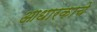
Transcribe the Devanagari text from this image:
आधारकाचे